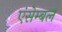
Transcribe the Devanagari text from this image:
एंसेम्बल